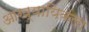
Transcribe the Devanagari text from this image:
आख्यायिकेला